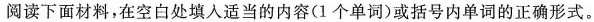
阅读下面材料，在空白处填入适当的内容(1 个单词)或括号内单词的正确形式。